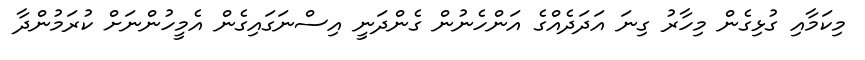
މިކަމާއި ގުޅިގެން މިހާރު ގިނަ އަދަދެއްގެ އަންހެނުން ގެންދަނީ އިސްނަގައިގެން އެމީހުންނަށް ކުރަމުންދާ